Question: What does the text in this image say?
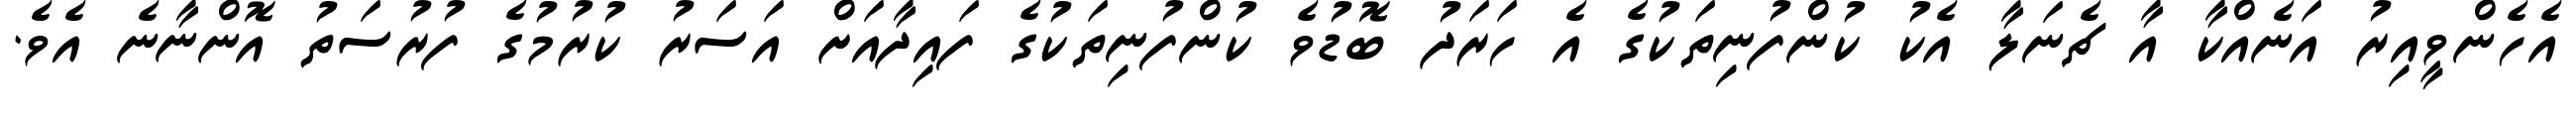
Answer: އެހެންވީއިރު އަނެއްކާ އާ ޗެނަލާ އެކު ކުންފުނިތަކުގެ އެ ހަރަދު ބޮޑުވެ ކުންފުނިތަކުގެ ފައިދާއަށް އަސަރު ކުރުމުގެ ފުރުސަތު އޮންނާނެ އެވެ.